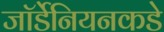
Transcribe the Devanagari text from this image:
जॉर्डेनियनकडे